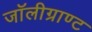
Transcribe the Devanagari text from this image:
जॉलीग्राण्ट